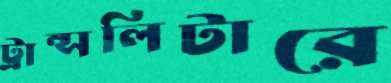
ট্রান্সলিটারে